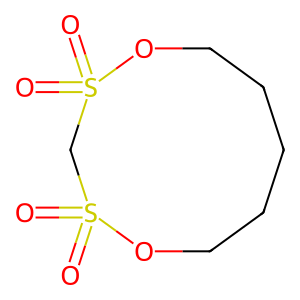
SMILES: O=S1(=O)CS(=O)(=O)OCCCCCO1
Inhibits HIV replication: No